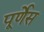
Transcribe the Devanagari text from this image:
पूर्णेस